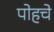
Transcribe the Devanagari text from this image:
पोहचे